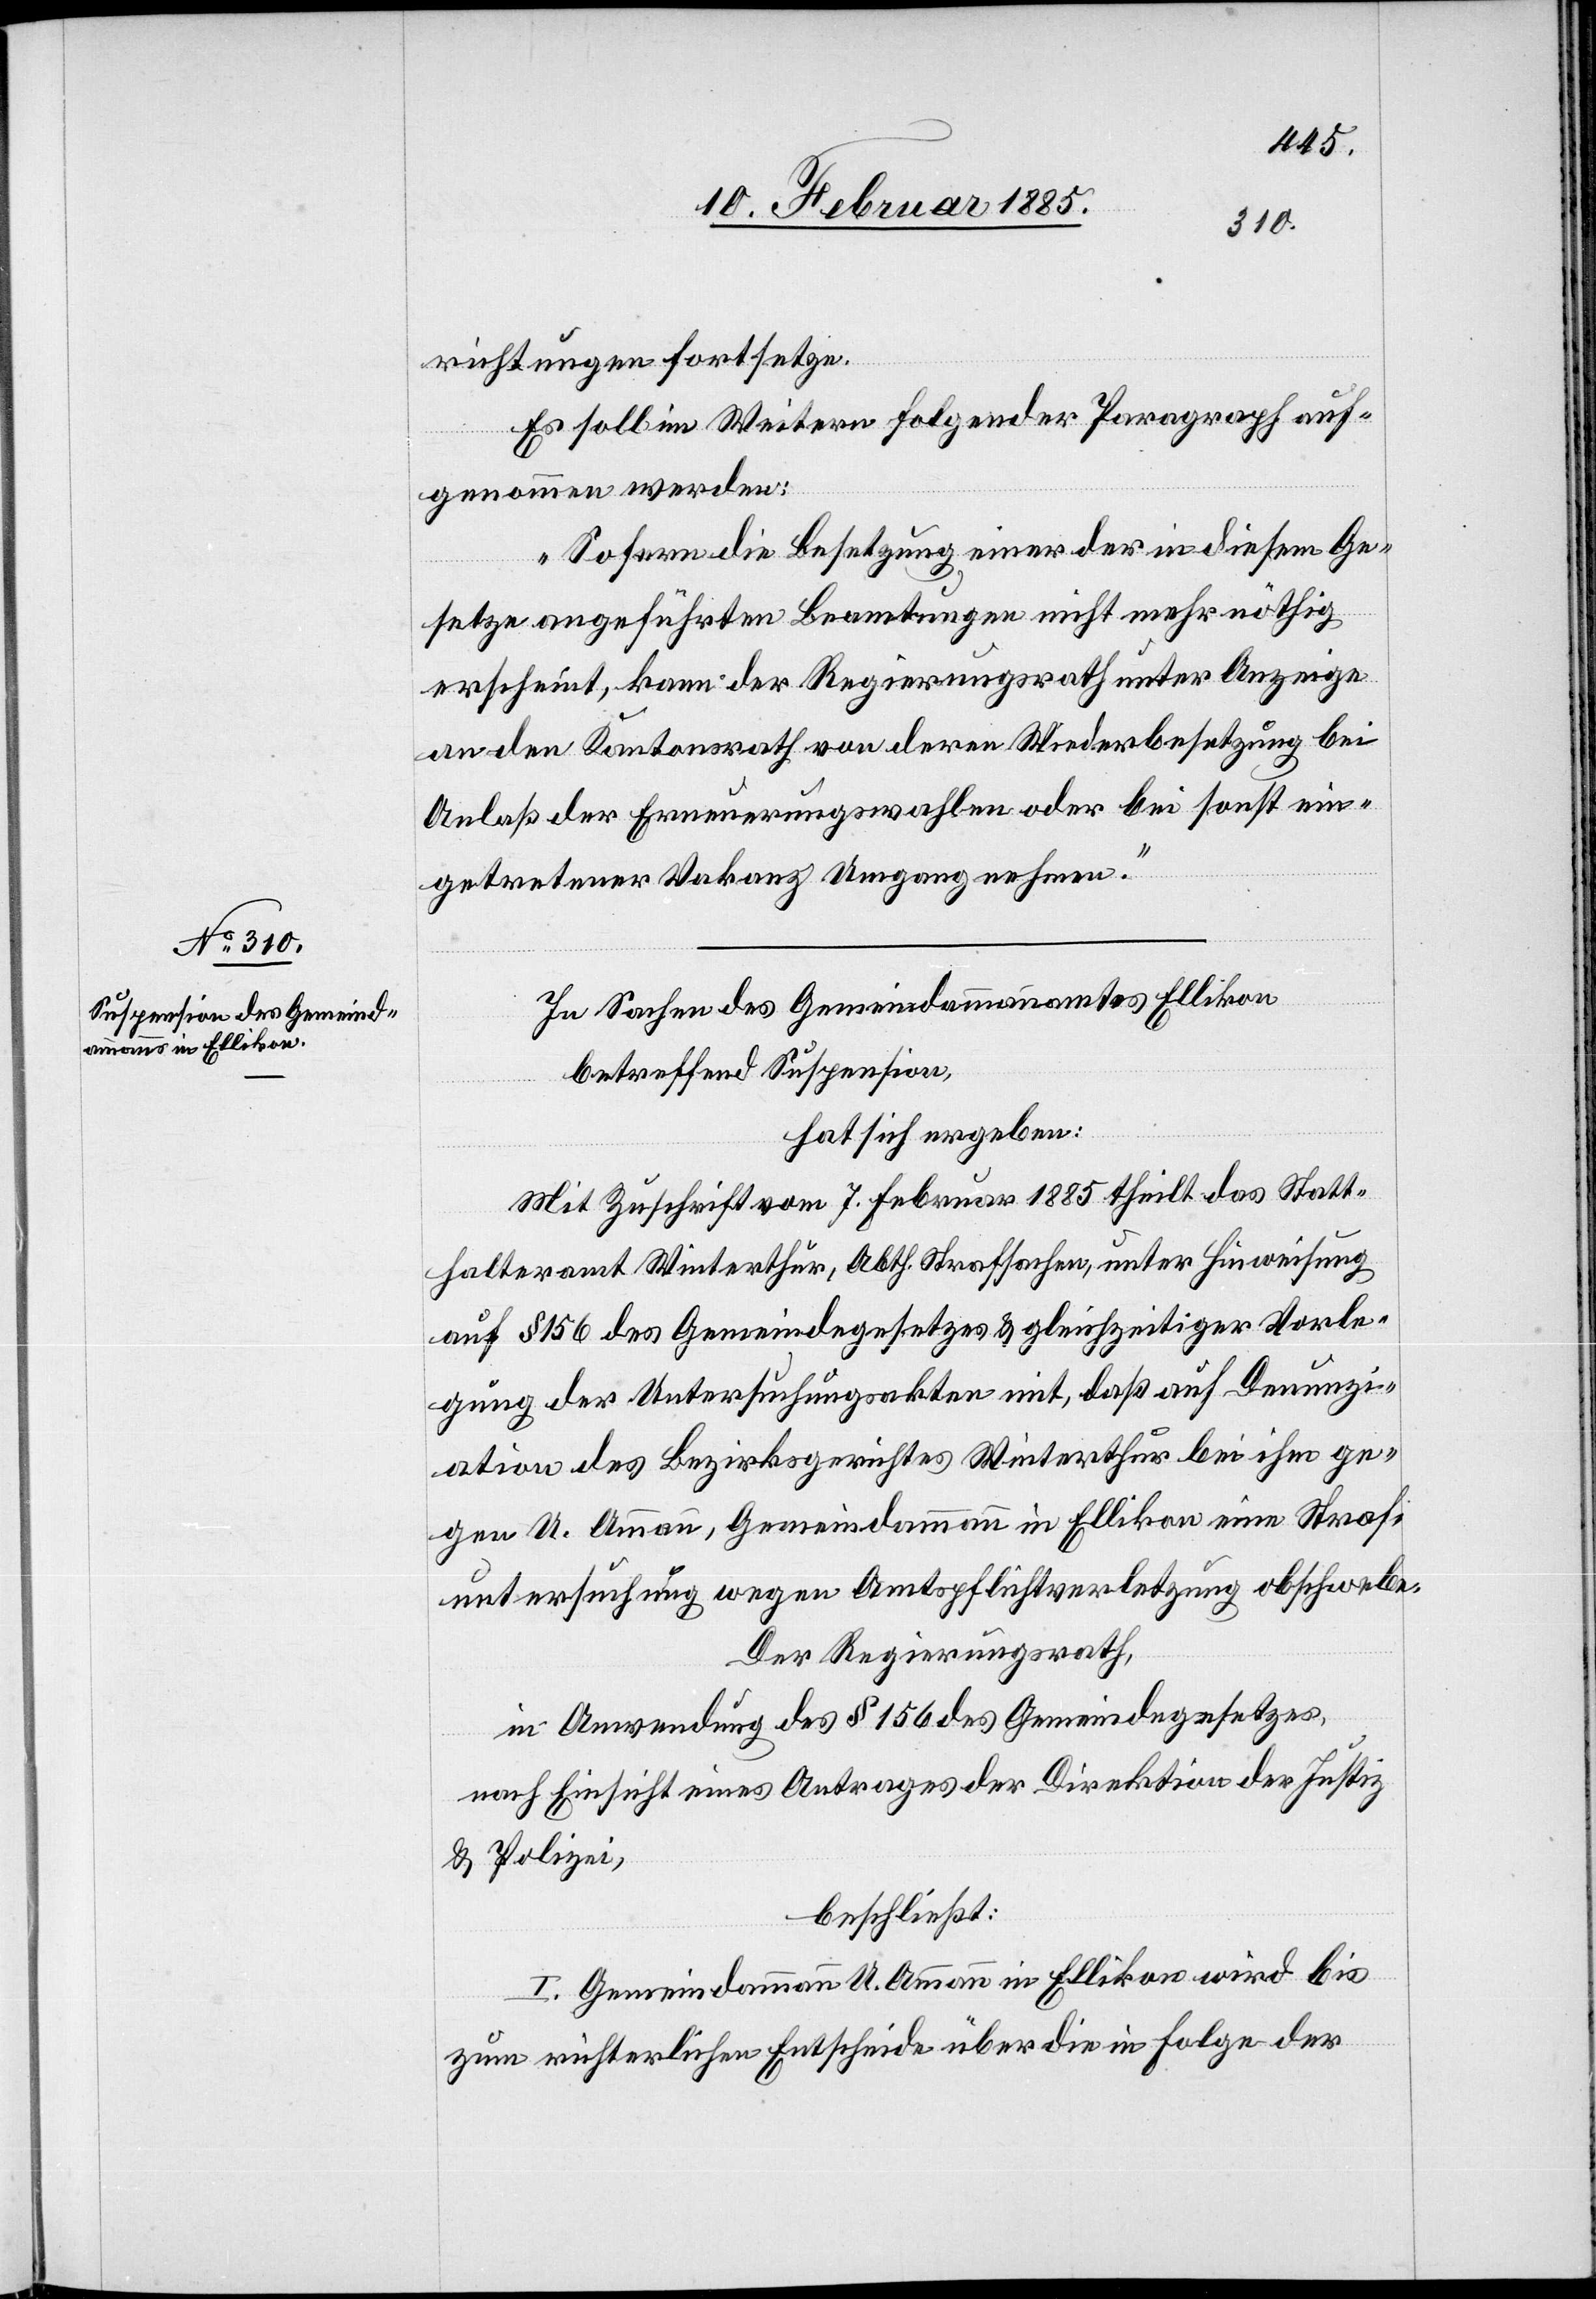
richtungen fortsetze.
Es soll im Weitern folgender Paragraph auf¬
genommen werden:
„Sofern die Besetzung einer der in diesem Ge¬
setze angeführten Beamtungen nicht mehr nöthig
erscheint, kann der Regierungsrath unter Anzeige
an den Kantonsrath von deren Wiederbesetzung bei
Anlaß der Erneuerungswahlen oder bei sonst ein¬
getretener Vakanz Umgang nehmen.“
In Sachen des Gemeindammannamtes Ellikon
betreffend Suspension,
hat sich ergeben:
Mit Zuschrift vom 7. Februar 1885 theilt das Statt¬
halteramt Winterthur, Abth. Strafsachen, unter Hinweisung
auf § 156 des Gemeindegesetzes & gleichzeitiger Vorle¬
gung der Untersuchungsakten mit, daß auf Denunzi¬
ation des Bezirksgerichtes Winterthur bei ihm ge¬
gen U. Ammann, Gemeindammann in Ellikon eine Straf¬
untersuchung wegen Amtspflichtverletzung obschwebe.
Der Regierungsrath,
in Anwendung des § 156 des Gemeindegesetzes
nach Einsicht eines Antrages der Direktion der Justiz
& Polizei,
beschließt:
I. Gemeindammann U. Ammann in Ellikon wird bis
zum richterlichen Entscheide über die in Folge der